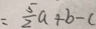
= \frac { 5 } { 2 } a + b - c